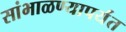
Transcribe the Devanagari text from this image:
सांभाळण्यापर्यंत